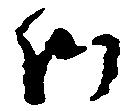
師